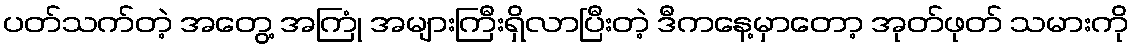
ပတ်သက်တဲ့ အတွေ့ အကြုံ အများကြီးရှိလာပြီးတဲ့ ဒီကနေ့မှာတော့ အုတ်ဖုတ် သမားကို